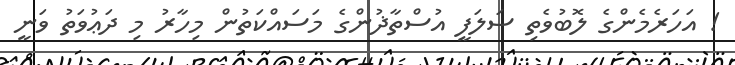
! އަހަރެެމެންގެ ލޮބުވެތި ސަލަފީ އުސްތާޛުންގެ މަސައްކަތުން މިހާރު މި ދަޢުވަތު ވަނީ